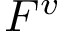
F ^ { v }